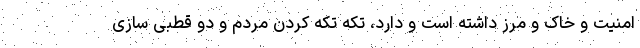
امنیت و خاک و مرز داشته است و دارد، تکه تکه کردن مردم و دو قطبی سازی